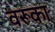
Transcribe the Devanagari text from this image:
वरूका